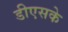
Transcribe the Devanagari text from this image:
डीएसके